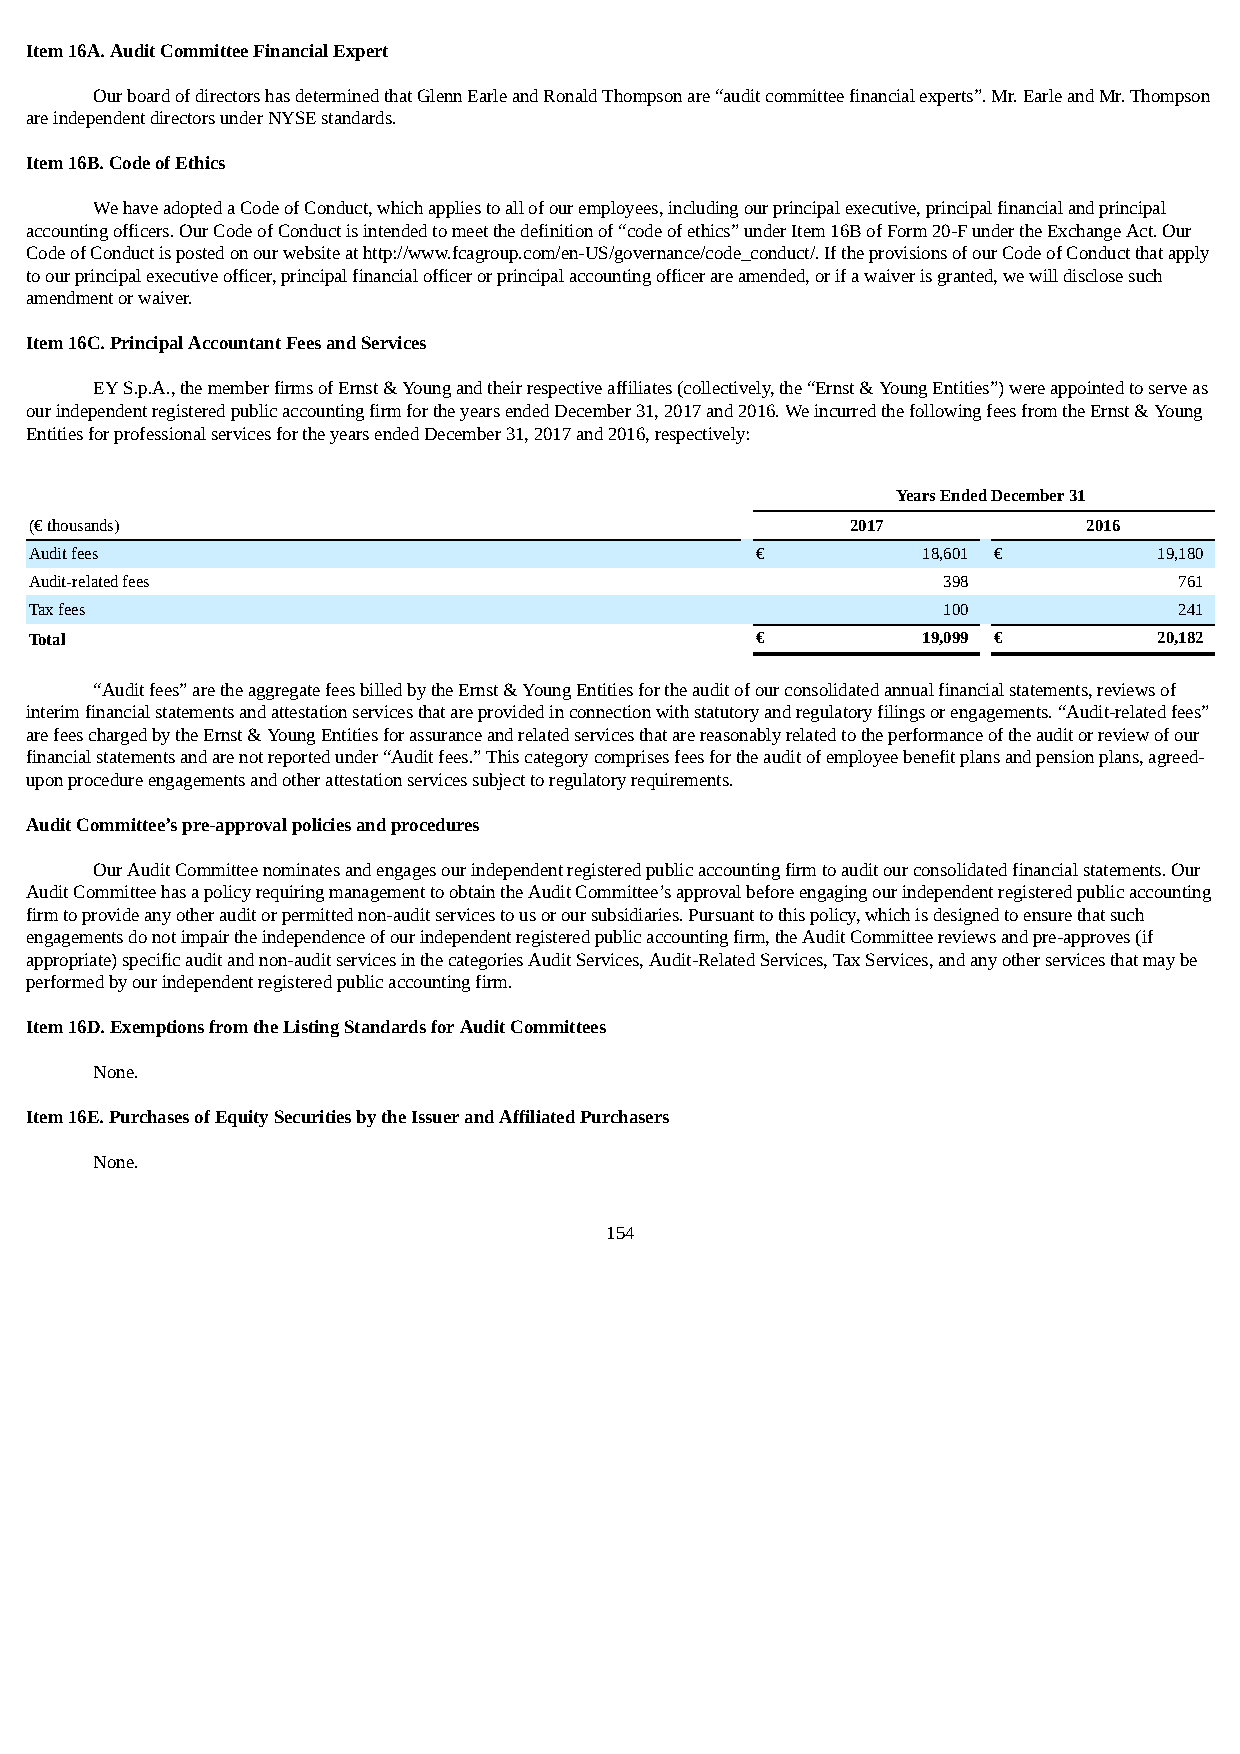
Item 16A. Audit Committee Financial Expert
 Our board of directors has determined that Glenn Earle and Ronald Thompson are “audit committee financial experts”. Mr. Earle and Mr. Thompson
 are independent directors under NYSE standards.
 Item 16B. Code of Ethics
 We have adopted a Code of Conduct, which applies to all of our employees, including our principal executive, principal financial and principal
 accounting officers. Our Code of Conduct is intended to meet the definition of “code of ethics” under Item 16B of Form 20-F under the Exchange Act. Our
 Code of Conduct is posted on our website at http://www.fcagroup.com/en-US/governance/code_conduct/. If the provisions of our Code of Conduct that apply
 to our principal executive officer, principal financial officer or principal accounting officer are amended, or if a waiver is granted, we will disclose such
 amendment or waiver.
 Item 16C. Principal Accountant Fees and Services
 EY S.p.A., the member firms of Ernst & Young and their respective affiliates (collectively, the “Ernst & Young Entities”) were appointed to serve as
 our independent registered public accounting firm for the years ended December 31, 2017 and 2016. We incurred the following fees from the Ernst & Young
 Entities for professional services for the years ended December 31, 2017 and 2016, respectively:
 Years Ended December 31
 (€ thousands)                                         2017            2016
 Audit fees                                      €          18,601 €        19,180
 Audit-related fees                                          398             761
 Tax fees                                                    100             241
 Total                                           €          19,099 €        20,182
 “Audit fees” are the aggregate fees billed by the Ernst & Young Entities for the audit of our consolidated annual financial statements, reviews of
 interim financial statements and attestation services that are provided in connection with statutory and regulatory filings or engagements. “Audit-related fees”
 are fees charged by the Ernst & Young Entities for assurance and related services that are reasonably related to the performance of the audit or review of our
 financial statements and are not reported under “Audit fees.” This category comprises fees for the audit of employee benefit plans and pension plans, agreed-
 upon procedure engagements and other attestation services subject to regulatory requirements.
 Audit Committee’s pre-approval policies and procedures
 Our Audit Committee nominates and engages our independent registered public accounting firm to audit our consolidated financial statements. Our
 Audit Committee has a policy requiring management to obtain the Audit Committee’s approval before engaging our independent registered public accounting
 firm to provide any other audit or permitted non-audit services to us or our subsidiaries. Pursuant to this policy, which is designed to ensure that such
 engagements do not impair the independence of our independent registered public accounting firm, the Audit Committee reviews and pre-approves (if
 appropriate) specific audit and non-audit services in the categories Audit Services, Audit-Related Services, Tax Services, and any other services that may be
 performed by our independent registered public accounting firm.
 Item 16D. Exemptions from the Listing Standards for Audit Committees
 None.
 Item 16E. Purchases of Equity Securities by the Issuer and Affiliated Purchasers
 None.
 154